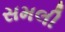
સમલી